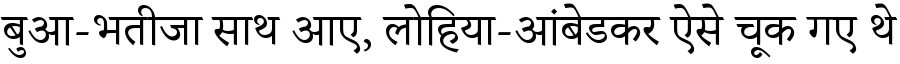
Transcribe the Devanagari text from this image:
बुआ-भतीजा साथ आए, लोहिया-आंबेडकर ऐसे चूक गए थे